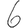
Digit: 6